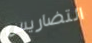
التضاريس